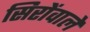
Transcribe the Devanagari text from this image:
सिरोंवाले